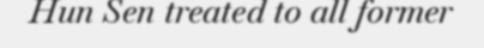
Hun Sen treated to all former